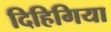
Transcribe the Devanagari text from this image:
दिहिगिया